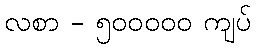
လစာ - ၅၀၀၀၀၀ ကျပ်